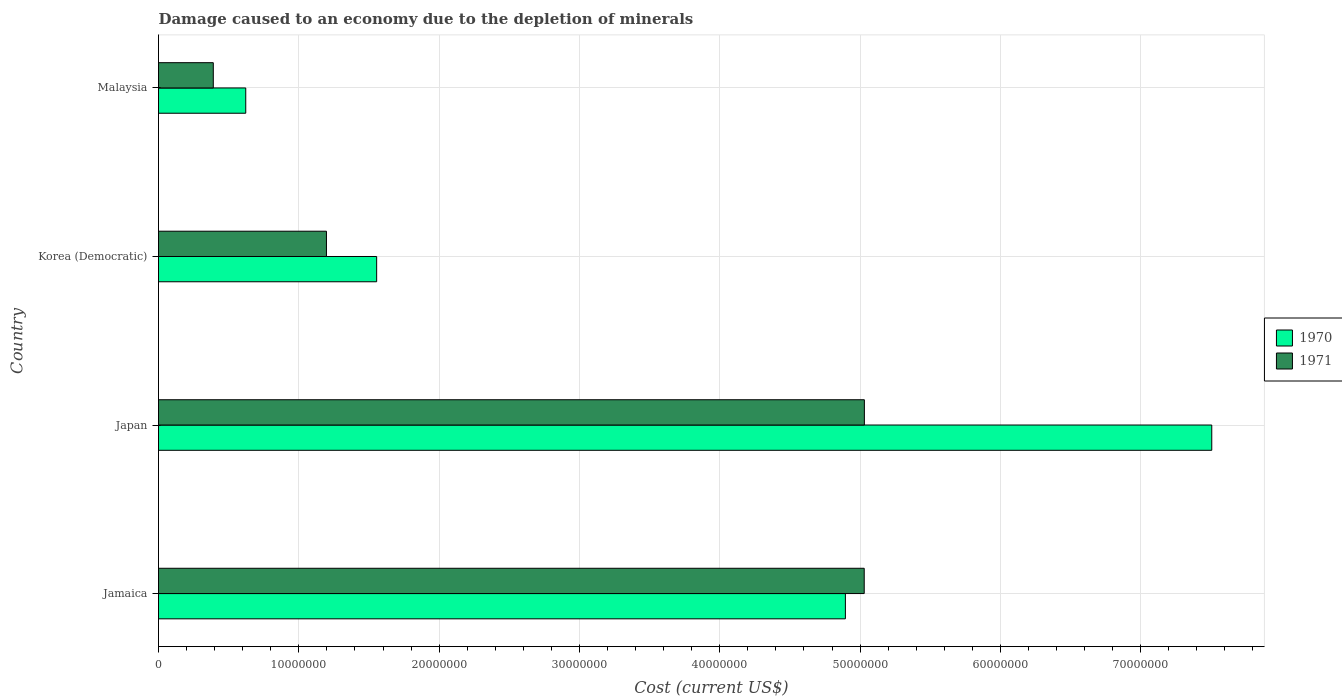
| Country | 1970 | 1971 |
 | --- | --- | --- |
 | Jamaica | 4.9e+07 | 5.03e+07 |
 | Japan | 7.51e+07 | 5.03e+07 |
 | Korea (Democratic) | 1.55e+07 | 1.2e+07 |
 | Malaysia | 6.22e+06 | 3.9e+06 |